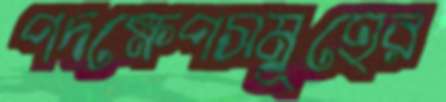
পদক্ষেপসমূহের